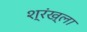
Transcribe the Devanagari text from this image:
श्रंख्ला